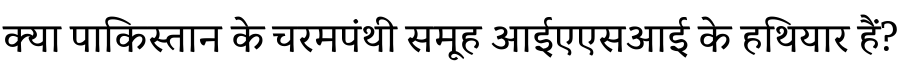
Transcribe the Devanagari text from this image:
क्या पाकिस्तान के चरमपंथी समूह आईएएसआई के हथियार हैं?